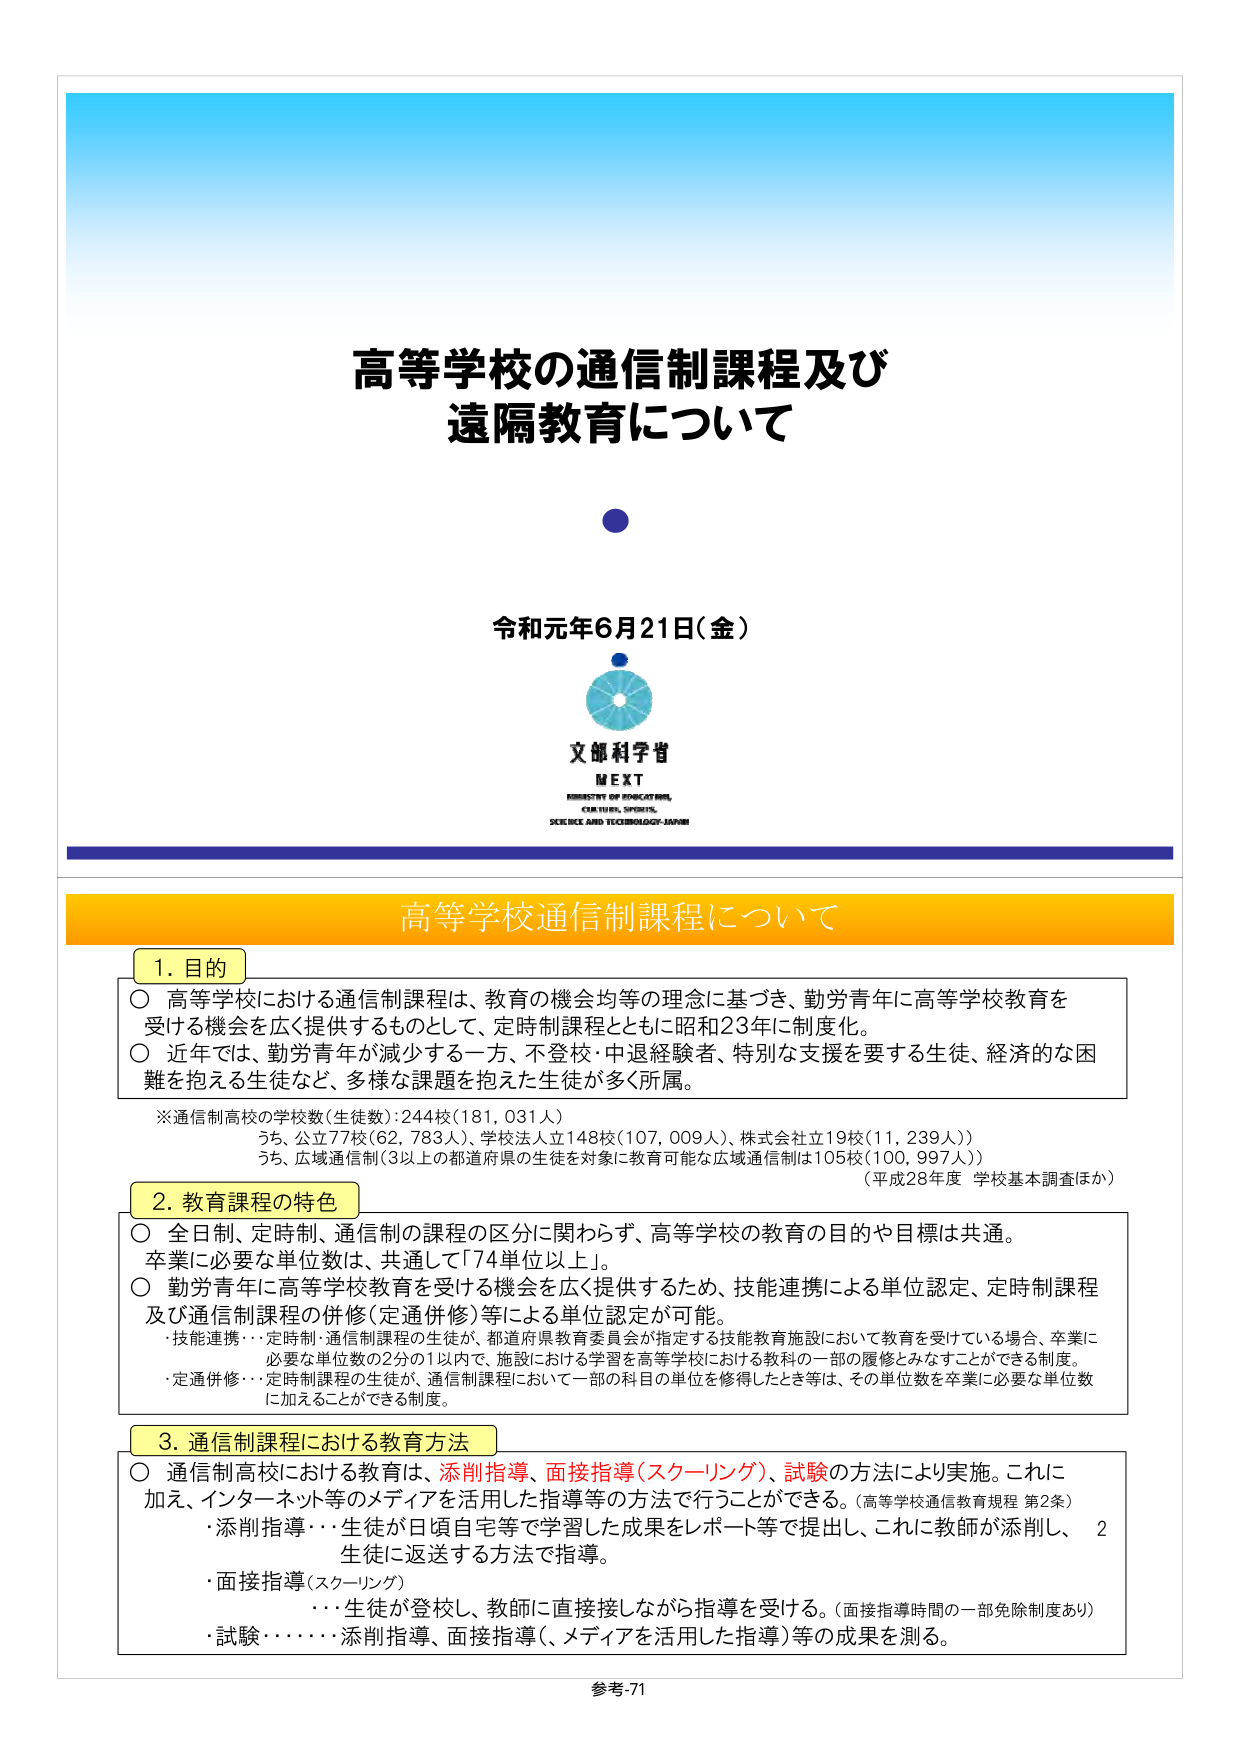
高等学校の通信制課程及び
遠隔教育について

令和元年6月21日（金）

文部科学省
MEXT
MINISTRY OF EDUCATION,
CULTURE, SPORTS,
SCIENCE AND TECHNOLOGY-JAPAN

高等学校通信制課程について

1. 目的
○ 高等学校における通信制課程は、教育の機会均等の理念に基づき、勤労青年に高等学校教育を
　受ける機会を広く提供するものとして、定時制課程とともに昭和23年に制度化。
○ 近年では、勤労青年が減少する一方、不登校・中退経験者、特別な支援を要する生徒、経済的な困
　難を抱える生徒など、多様な課題を抱えた生徒が多く所属。

※通信制高校（学校数（生徒数））：244校（181,031人）
　うち、公立77校（62,783人）、学校法人立148校（107,009人）、株式会社立19校（11,239人））
　うち、広域通信制（3以上の都道府県の生徒を対象に教育可能な広域通信制は105校（100,997人））
　（平成28年度 学校基本調査ほか）

2. 教育課程の特色
○ 全日制、定時制、通信制の課程の区分に関わらず、高等学校の教育の目的や目標は共通。
　卒業に必要な単位数は、共通して「74単位以上」。
○ 勤労青年に高等学校教育を受ける機会を広く提供するため、技能連携による単位認定、定時制課程
　及び通信制課程の併修（定通併修）等による単位認定が可能。
　・技能連携…定時制・通信制課程の生徒が、都道府県教育委員会が指定する技能教育施設において教育を受けている場合、卒業に
　　必要な単位数の2分の1以内で、施設における学習を高等学校における教科の一部の履修とみなすことができる制度。
　・定通併修…定時制課程の生徒が、通信制課程において一部の科目の単位を修得したとき等は、その単位数を卒業に必要な単位数
　　に加えることができる制度。

3. 通信制課程における教育方法
○ 通信制高校における教育は、添削指導、面接指導（スクーリング）、試験の方法により実施。これに
　加え、インターネット等のメディアを活用した指導等の方法で行うことができる。（高等学校通信教育規程 第2条）
　・添削指導…生徒が日頃自宅等で学習した成果をレポート等で提出し、これに教師が添削し、
　　生徒に返送する方法で指導。
　・面接指導（スクーリング）
　　…生徒が登校し、教師に直接接しながら指導を受ける。（面接指導時間の一部免除制度あり）
　・試験………添削指導、面接指導（、メディアを活用した指導）等の成果を測る。

参考-71